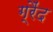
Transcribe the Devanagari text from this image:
ग्रैंद